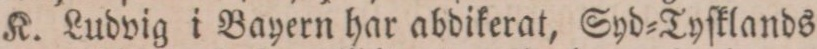
K. Ludvig i Bayern har abdikerat, Syd=Tyſklands